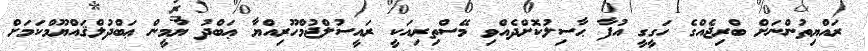
ރައްޔިތުންނަށް ބްރިޖެއްގެ ހަގީގީ އުފާ ޙާސިލުކޮށްދެއްވި މޭސްތިރިއަކީ ރައީސުލްޖުމްހޫރިއްޔާ ޢަބްދު ޔާމީން ޢަބްދުލްޤައްޔޫމްކަމަށް